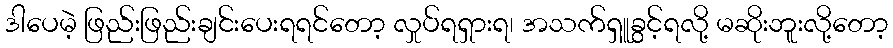
ဒါပေမဲ့ ဖြည်းဖြည်းချင်းပေးရရင်တော့ လှုပ်ရရှားရ၊ အသက်ရှူခွင့်ရလို့ မဆိုးဘူးလို့တော့